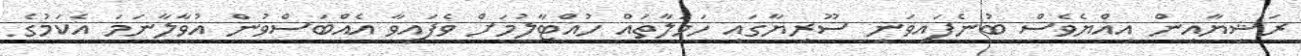
ރަޝިޔާއިން އިއްޔެވެސް ބުނެފައިވަނީ ސޫރިޔާގައި ހަމަލާތައް ހުއްޓާލުމަށް ވެފައިވާ އެއްބަސްވުން އުވާލާނަމަ އެކަމުގެ